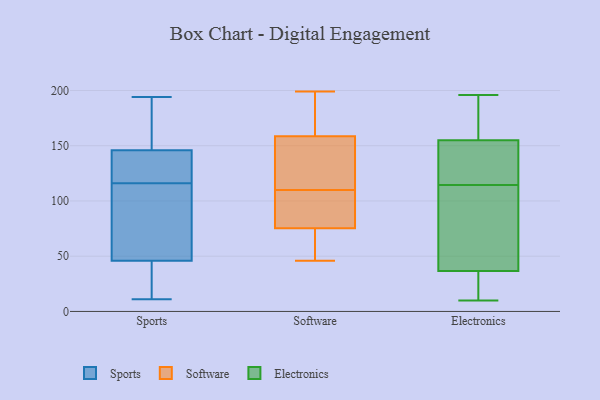
{"axis": {"x": "Active Users", "y": "Value"}, "legend": ["Electronics", "Software", "Sports"], "data": [{"x": "", "y": 118, "type": "Sports"}, {"x": "", "y": 128, "type": "Sports"}, {"x": "", "y": 129, "type": "Sports"}, {"x": "", "y": 188, "type": "Sports"}, {"x": "", "y": 11, "type": "Sports"}, {"x": "", "y": 49, "type": "Sports"}, {"x": "", "y": 194, "type": "Sports"}, {"x": "", "y": 14, "type": "Sports"}, {"x": "", "y": 49, "type": "Sports"}, {"x": "", "y": 151, "type": "Sports"}, {"x": "", "y": 114, "type": "Sports"}, {"x": "", "y": 146, "type": "Sports"}, {"x": "", "y": 150, "type": "Sports"}, {"x": "", "y": 46, "type": "Sports"}, {"x": "", "y": 137, "type": "Sports"}, {"x": "", "y": 22, "type": "Sports"}, {"x": "", "y": 56, "type": "Sports"}, {"x": "", "y": 19, "type": "Sports"}, {"x": "", "y": 101, "type": "Software"}, {"x": "", "y": 137, "type": "Software"}, {"x": "", "y": 88, "type": "Software"}, {"x": "", "y": 153, "type": "Software"}, {"x": "", "y": 46, "type": "Software"}, {"x": "", "y": 132, "type": "Software"}, {"x": "", "y": 175, "type": "Software"}, {"x": "", "y": 76, "type": "Software"}, {"x": "", "y": 66, "type": "Software"}, {"x": "", "y": 183, "type": "Software"}, {"x": "", "y": 199, "type": "Software"}, {"x": "", "y": 110, "type": "Software"}, {"x": "", "y": 73, "type": "Software"}, {"x": "", "y": 22, "type": "Electronics"}, {"x": "", "y": 157, "type": "Electronics"}, {"x": "", "y": 40, "type": "Electronics"}, {"x": "", "y": 194, "type": "Electronics"}, {"x": "", "y": 93, "type": "Electronics"}, {"x": "", "y": 196, "type": "Electronics"}, {"x": "", "y": 136, "type": "Electronics"}, {"x": "", "y": 10, "type": "Electronics"}, {"x": "", "y": 20, "type": "Electronics"}, {"x": "", "y": 80, "type": "Electronics"}, {"x": "", "y": 84, "type": "Electronics"}, {"x": "", "y": 63, "type": "Electronics"}, {"x": "", "y": 161, "type": "Electronics"}, {"x": "", "y": 144, "type": "Electronics"}, {"x": "", "y": 141, "type": "Electronics"}, {"x": "", "y": 169, "type": "Electronics"}, {"x": "", "y": 153, "type": "Electronics"}, {"x": "", "y": 33, "type": "Electronics"}, {"x": "", "y": 143, "type": "Electronics"}, {"x": "", "y": 28, "type": "Electronics"}]}